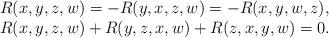
LaTeX: \begin{align*}\begin{array}{l}R(x,y,z,w)=-R(y,x,z,w)=-R(x,y,w,z), \\R(x,y,z,w)+R(y,z,x,w)+R(z,x,y,w)=0.\end{array}\end{align*}